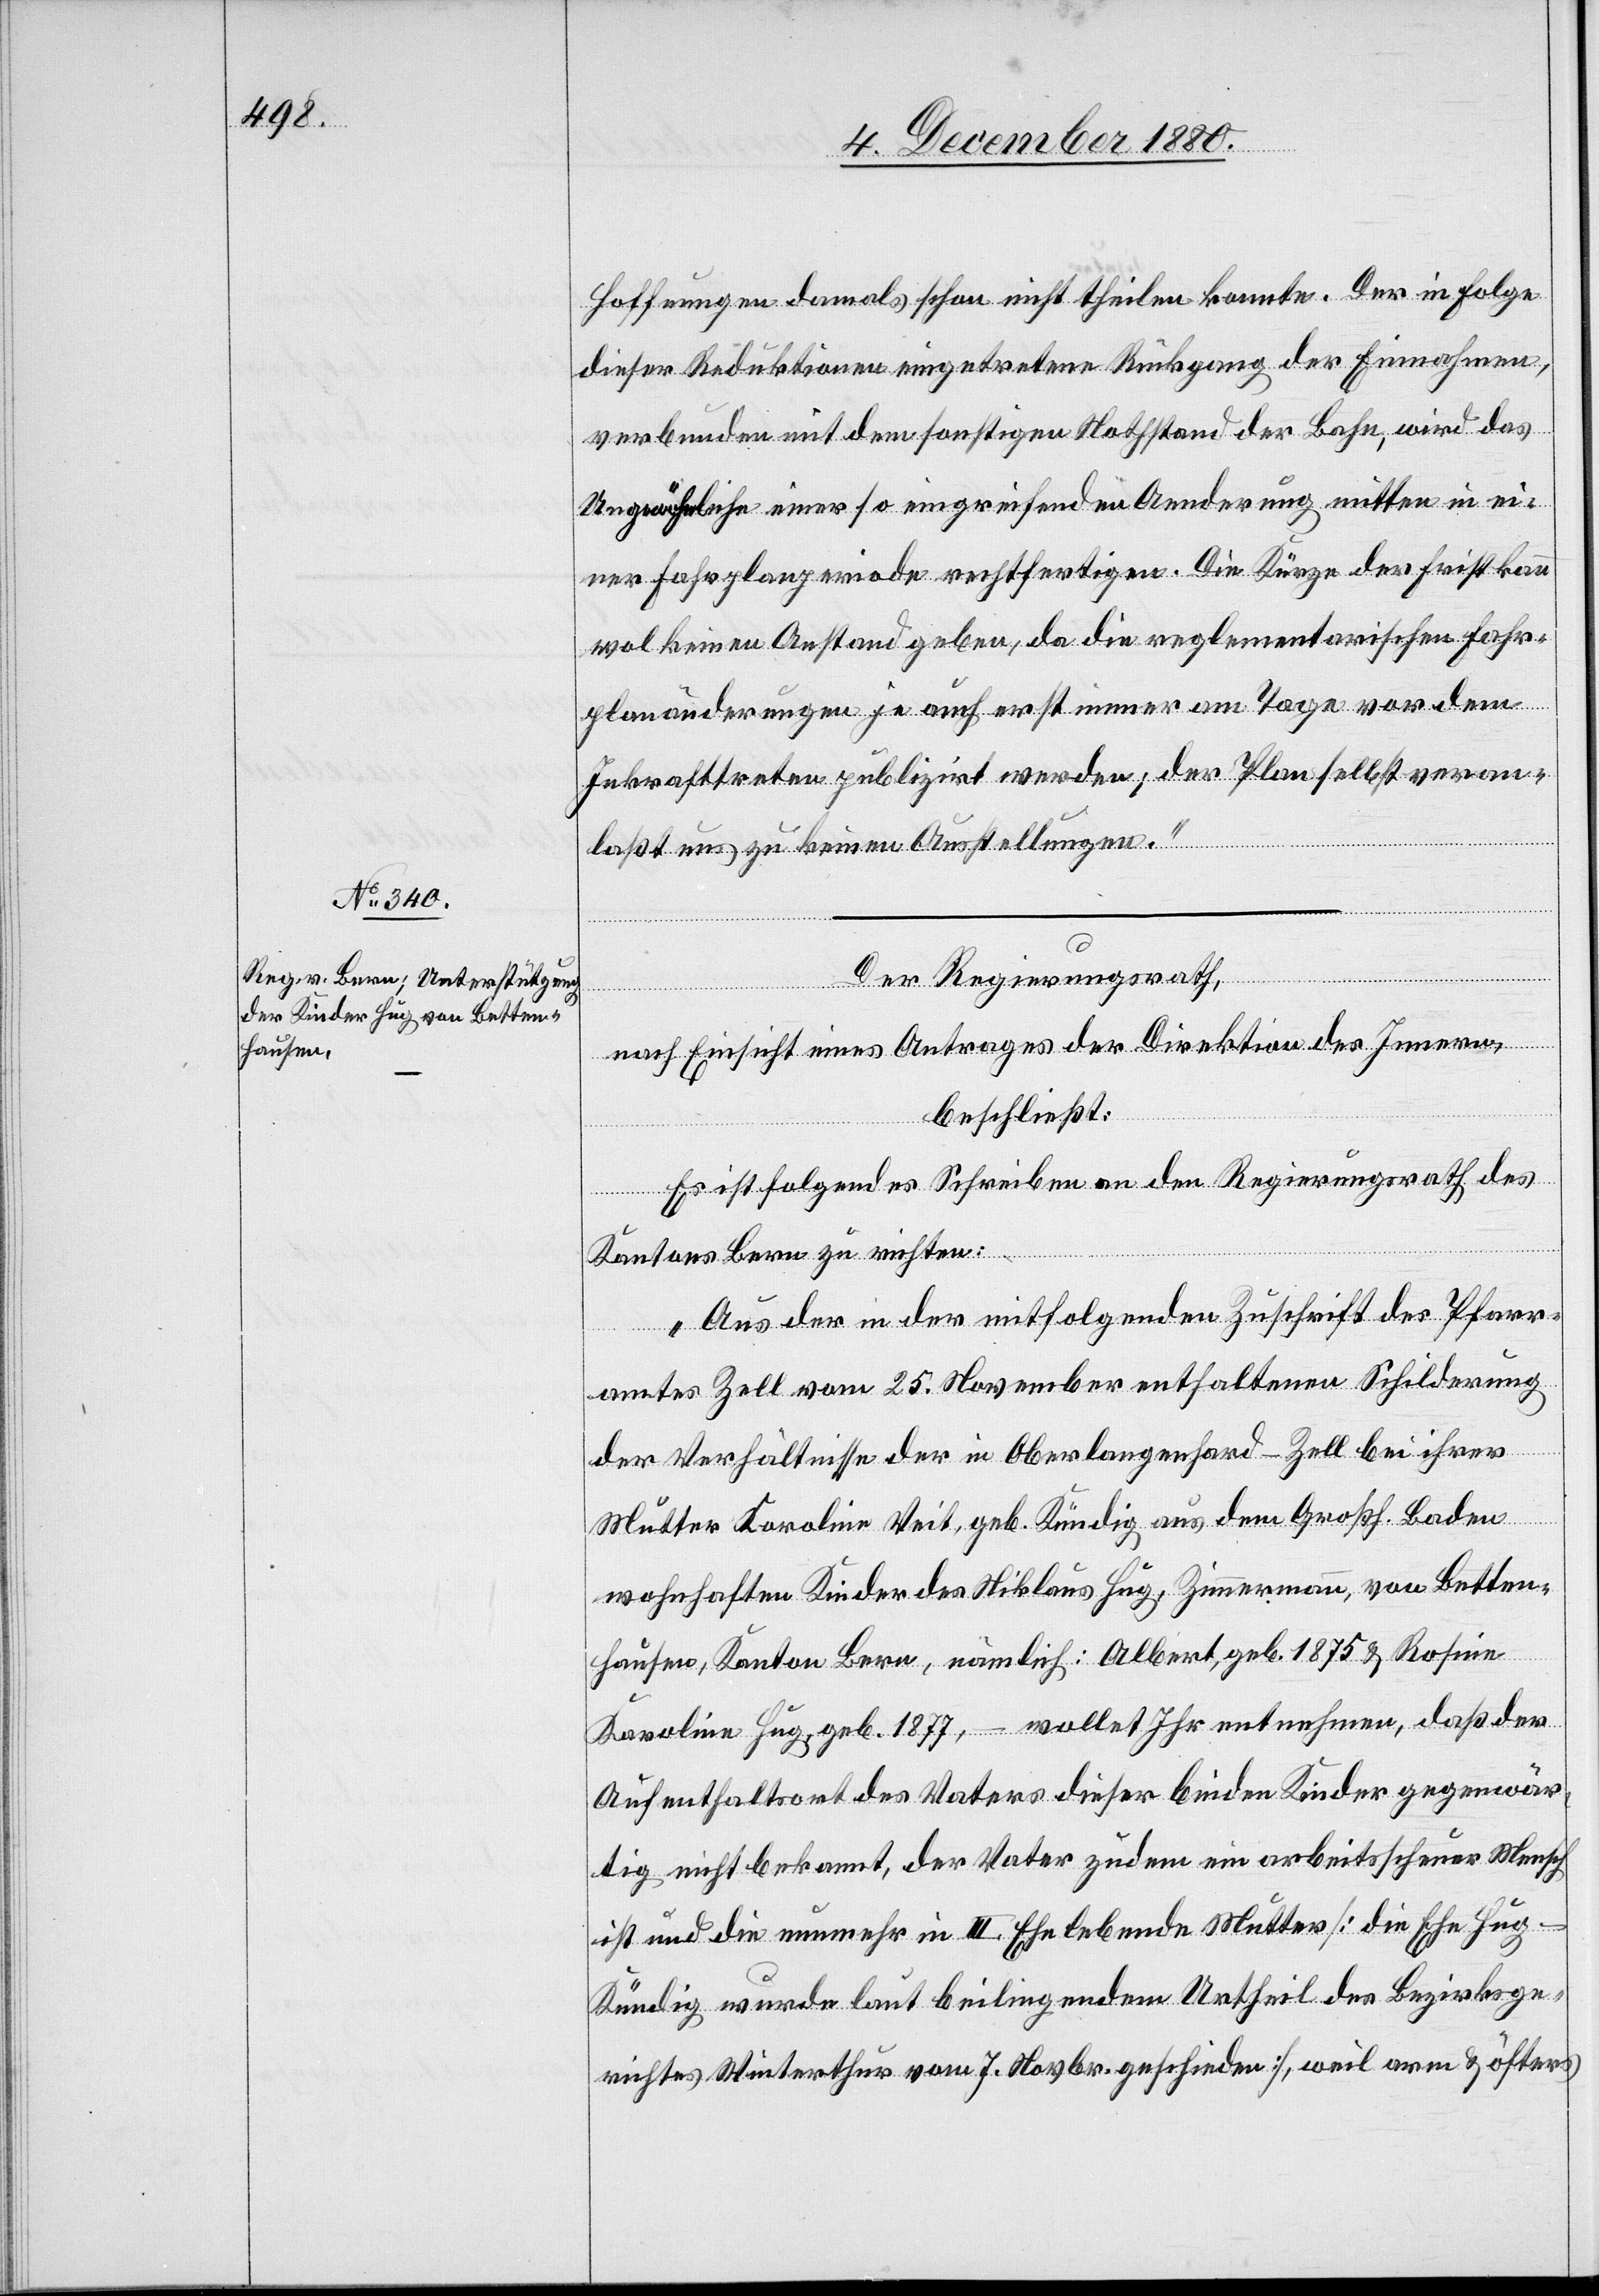
Hoffnungen damals schon nicht theilen konnte. Der in Folge
dieser Reduktionen eingetretene Rückgang der Einnahmen,
verbunden mit dem sonstigen Nothstand der Bahn, wird das
Ungewöhnliche einer so eingreifenden Aenderung mitten in ei¬
ner Fahrplanperiode rechtfertigen. Die Kürze der Frist kann
wol keinen Anstand geben, da die reglementarischen Fahr¬
planänderungen je auch erst immer am Tage vor dem
Inkrafttreten publizirt werde; der Plan selbst veran¬
laßt uns zu keinen Ausstellungen.“
Der Regierungsrath,
nach Einsicht eines Antrages der Direktion des Innern,
beschließt:
Es ist folgendes Schreiben an den Regierungsrath des
Kantons Bern zu richten:
„Aus der in der mitfolgenden Zuschrift des Pfarr¬
amtes Zell vom 25. November enthaltenen Schilderung
der Verhältnisse der in Oberlangenhard - Zell bei ihrer
Mutter Karoline Veit, geb. Kündig aus dem Großh. Baden
wohnhaften Kinder des Niklaus Hug, Zimmermann, von Betten¬
hausen, Kanton Bern, nämlich: Albert, geb. 1878 & Rosine
Karolina Hub, geb. 1877, – wollet Ihr entnehmen, daß der
Aufenthaltsort des Vaters dieser beiden Kinder gegenwär¬
tig nicht bekommt, der Vater zudem ein arbeitsscheuer Mensch
ist und die nunmehr in III. Ehe lebende Mutter [die Ehe Hug-K¬
ündig wurde laut beiliegendem Urtheil des Bezirksge¬
richtes Winterthur vom 7. Novbr. geschieden], weil arm & öfters